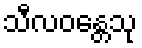
သီလဝန္တေသု